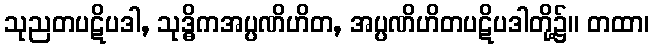
သုညတပဋိပဒါ, သုဒ္ဓိကအပ္ပဏိဟိတ, အပ္ပဏိဟိတပဋိပဒါတို့၌။ တထာ၊